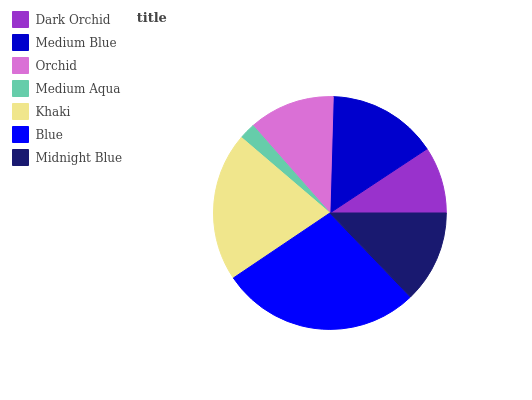
| Dark Orchid | Medium Blue | Orchid | Medium Aqua | Khaki | Blue | Midnight Blue |
 | --- | --- | --- | --- | --- | --- | --- |
 | 9.3% | 15.3% | 11.9% | 2.28% | 20.7% | 27.7% | 12.8% |